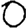
Digit: 0